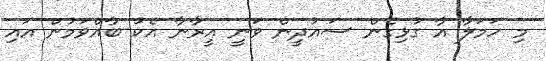
މި ހަމަލާ އާ ގުޅިގެން ސައުދީން ވަނީ އީރާނާ އެކު ބާއްވަމުން އައި